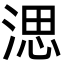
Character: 㴓